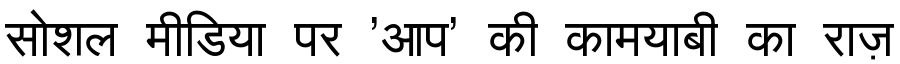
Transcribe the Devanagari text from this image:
सोशल मीडिया पर 'आप' की कामयाबी का राज़